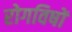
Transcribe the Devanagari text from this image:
रोगविषों